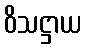
ဝိသဋ္ဌာယ